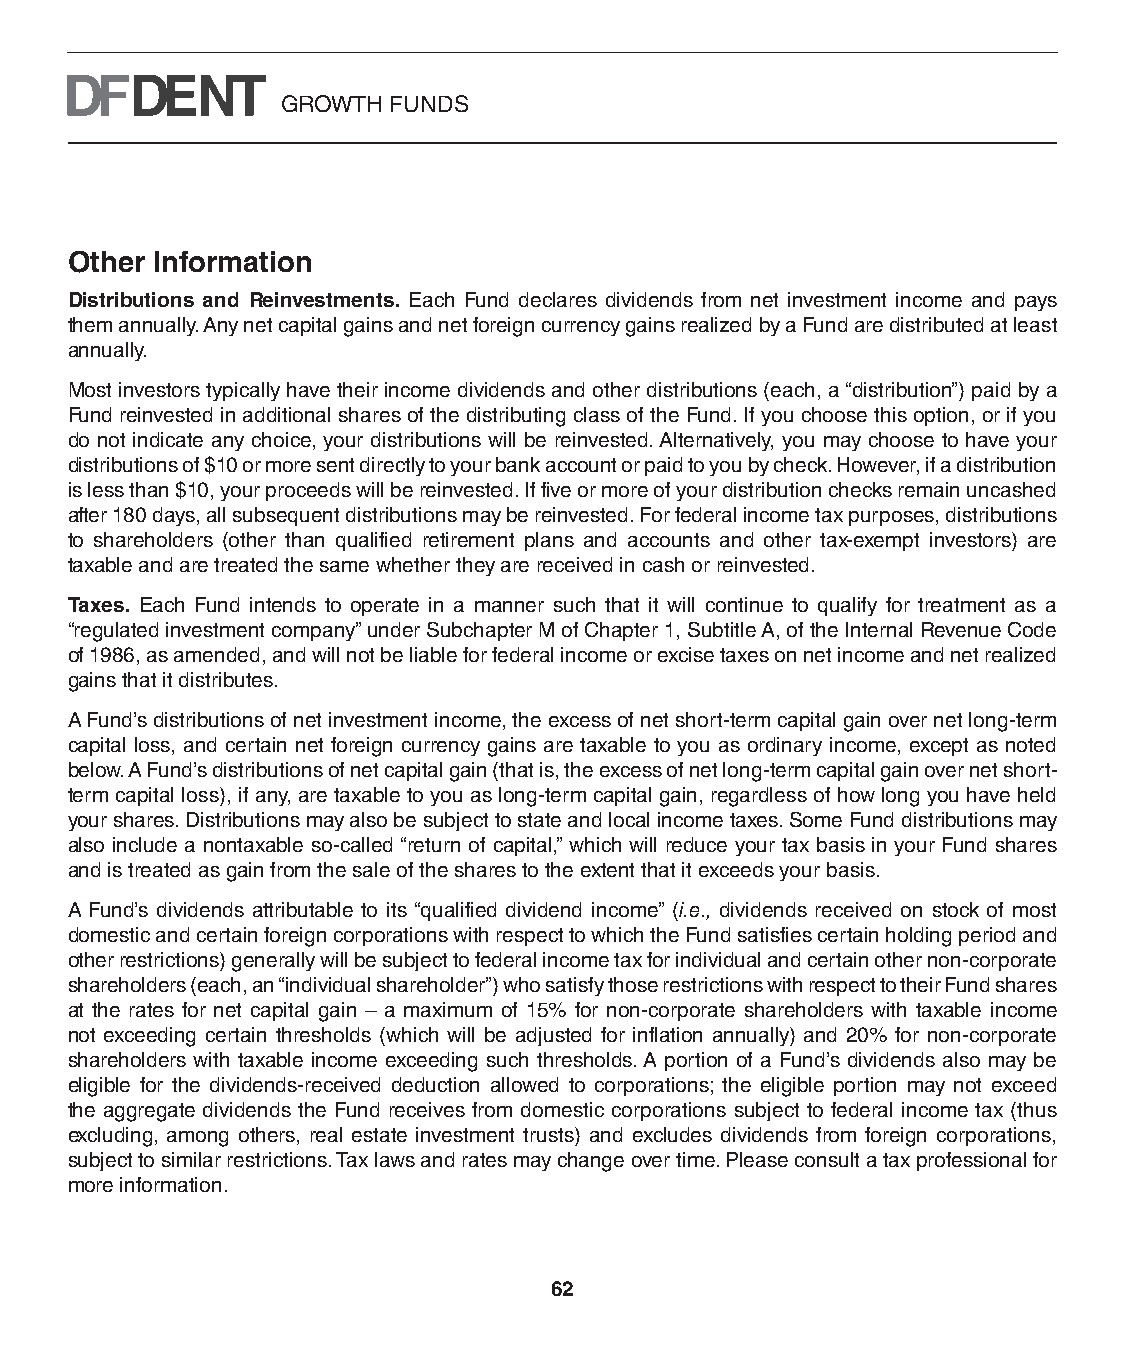
GROWTH FUNDS
 Other Information
 Distributions and Reinvestments. Each Fund declares dividends from net investment income and pays
 them annually. Any net capital gains and net foreign currency gains realized by a Fund are distributed at least
 annually.
 Most investors typically have their income dividends and other distributions (each, a “distribution”) paid by a
 Fund reinvested in additional shares of the distributing class of the Fund. If you choose this option, or if you
 do not indicate any choice, your distributions will be reinvested. Alternatively, you may choose to have your
 distributions of $10 or more sent directly to your bank account or paid to you by check. However, if a distribution
 is less than $10, your proceeds will be reinvested. If five or more of your distribution checks remain uncashed
 after 180 days, all subsequent distributions may be reinvested. For federal income tax purposes, distributions
 to shareholders (other than qualified retirement plans and accounts and other tax-exempt investors) are
 taxable and are treated the same whether they are received in cash or reinvested.
 Taxes. Each Fund intends to operate in a manner such that it will continue to qualify for treatment as a
 “regulated investment company” under Subchapter M of Chapter 1, Subtitle A, of the Internal Revenue Code
 of 1986, as amended, and will not be liable for federal income or excise taxes on net income and net realized
 gains that it distributes.
 A Fund’s distributions of net investment income, the excess of net short-term capital gain over net long-term
 capital loss, and certain net foreign currency gains are taxable to you as ordinary income, except as noted
 below. A Fund’s distributions of net capital gain (that is, the excess of net long-term capital gain over net short-
 term capital loss), if any, are taxable to you as long-term capital gain, regardless of how long you have held
 your shares. Distributions may also be subject to state and local income taxes. Some Fund distributions may
 also include a nontaxable so-called “return of capital,” which will reduce your tax basis in your Fund shares
 and is treated as gain from the sale of the shares to the extent that it exceeds your basis.
 A Fund’s dividends attributable to its “qualified dividend income” (i.e., dividends received on stock of most
 domestic and certain foreign corporations with respect to which the Fund satisfies certain holding period and
 other restrictions) generally will be subject to federal income tax for individual and certain other non-corporate
 shareholders (each, an “individual shareholder”) who satisfy those restrictions with respect to their Fund shares
 at the rates for net capital gain – a maximum of 15% for non-corporate shareholders with taxable income
 not exceeding certain thresholds (which will be adjusted for inflation annually) and 20% for non-corporate
 shareholders with taxable income exceeding such thresholds. A portion of a Fund’s dividends also may be
 eligible for the dividends-received deduction allowed to corporations; the eligible portion may not exceed
 the aggregate dividends the Fund receives from domestic corporations subject to federal income tax (thus
 excluding, among others, real estate investment trusts) and excludes dividends from foreign corporations,
 subject to similar restrictions. Tax laws and rates may change over time. Please consult a tax professional for
 more information.
 62